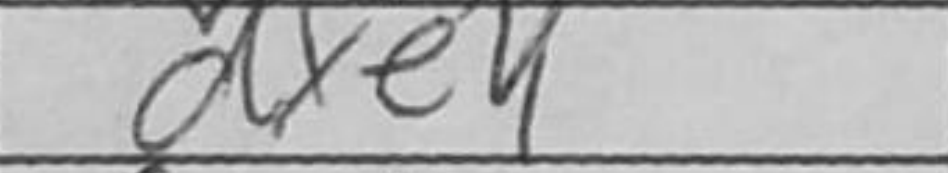
Transcription: dxe4